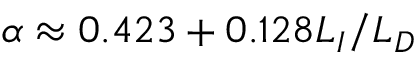
\alpha \approx 0 . 4 2 3 + 0 . 1 2 8 L _ { I } / L _ { D }